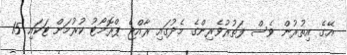
އޭގެ އިތުރުން ވެސް ފަތުރުވެރިންގެ މެދުގައި ރާއްޖެ ޕްރޮމޯޓު ކުރުމަށް ޓަކައި 15